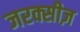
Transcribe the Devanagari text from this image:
जरक्सीज़